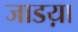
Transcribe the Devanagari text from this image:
जाडय़ा